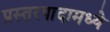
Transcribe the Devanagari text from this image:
प्रस्तरपादामध्ये